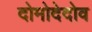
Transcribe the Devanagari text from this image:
दोमोदेदोव